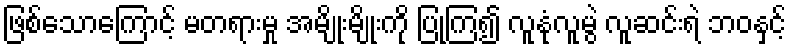
ဖြစ်သောကြောင့် မတရားမှု အမျိုးမျိုးကို ပြုကြ၍ လူနုံလူမွဲ လူဆင်းရဲ ဘဝနှင့်